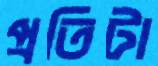
প্রতিটা